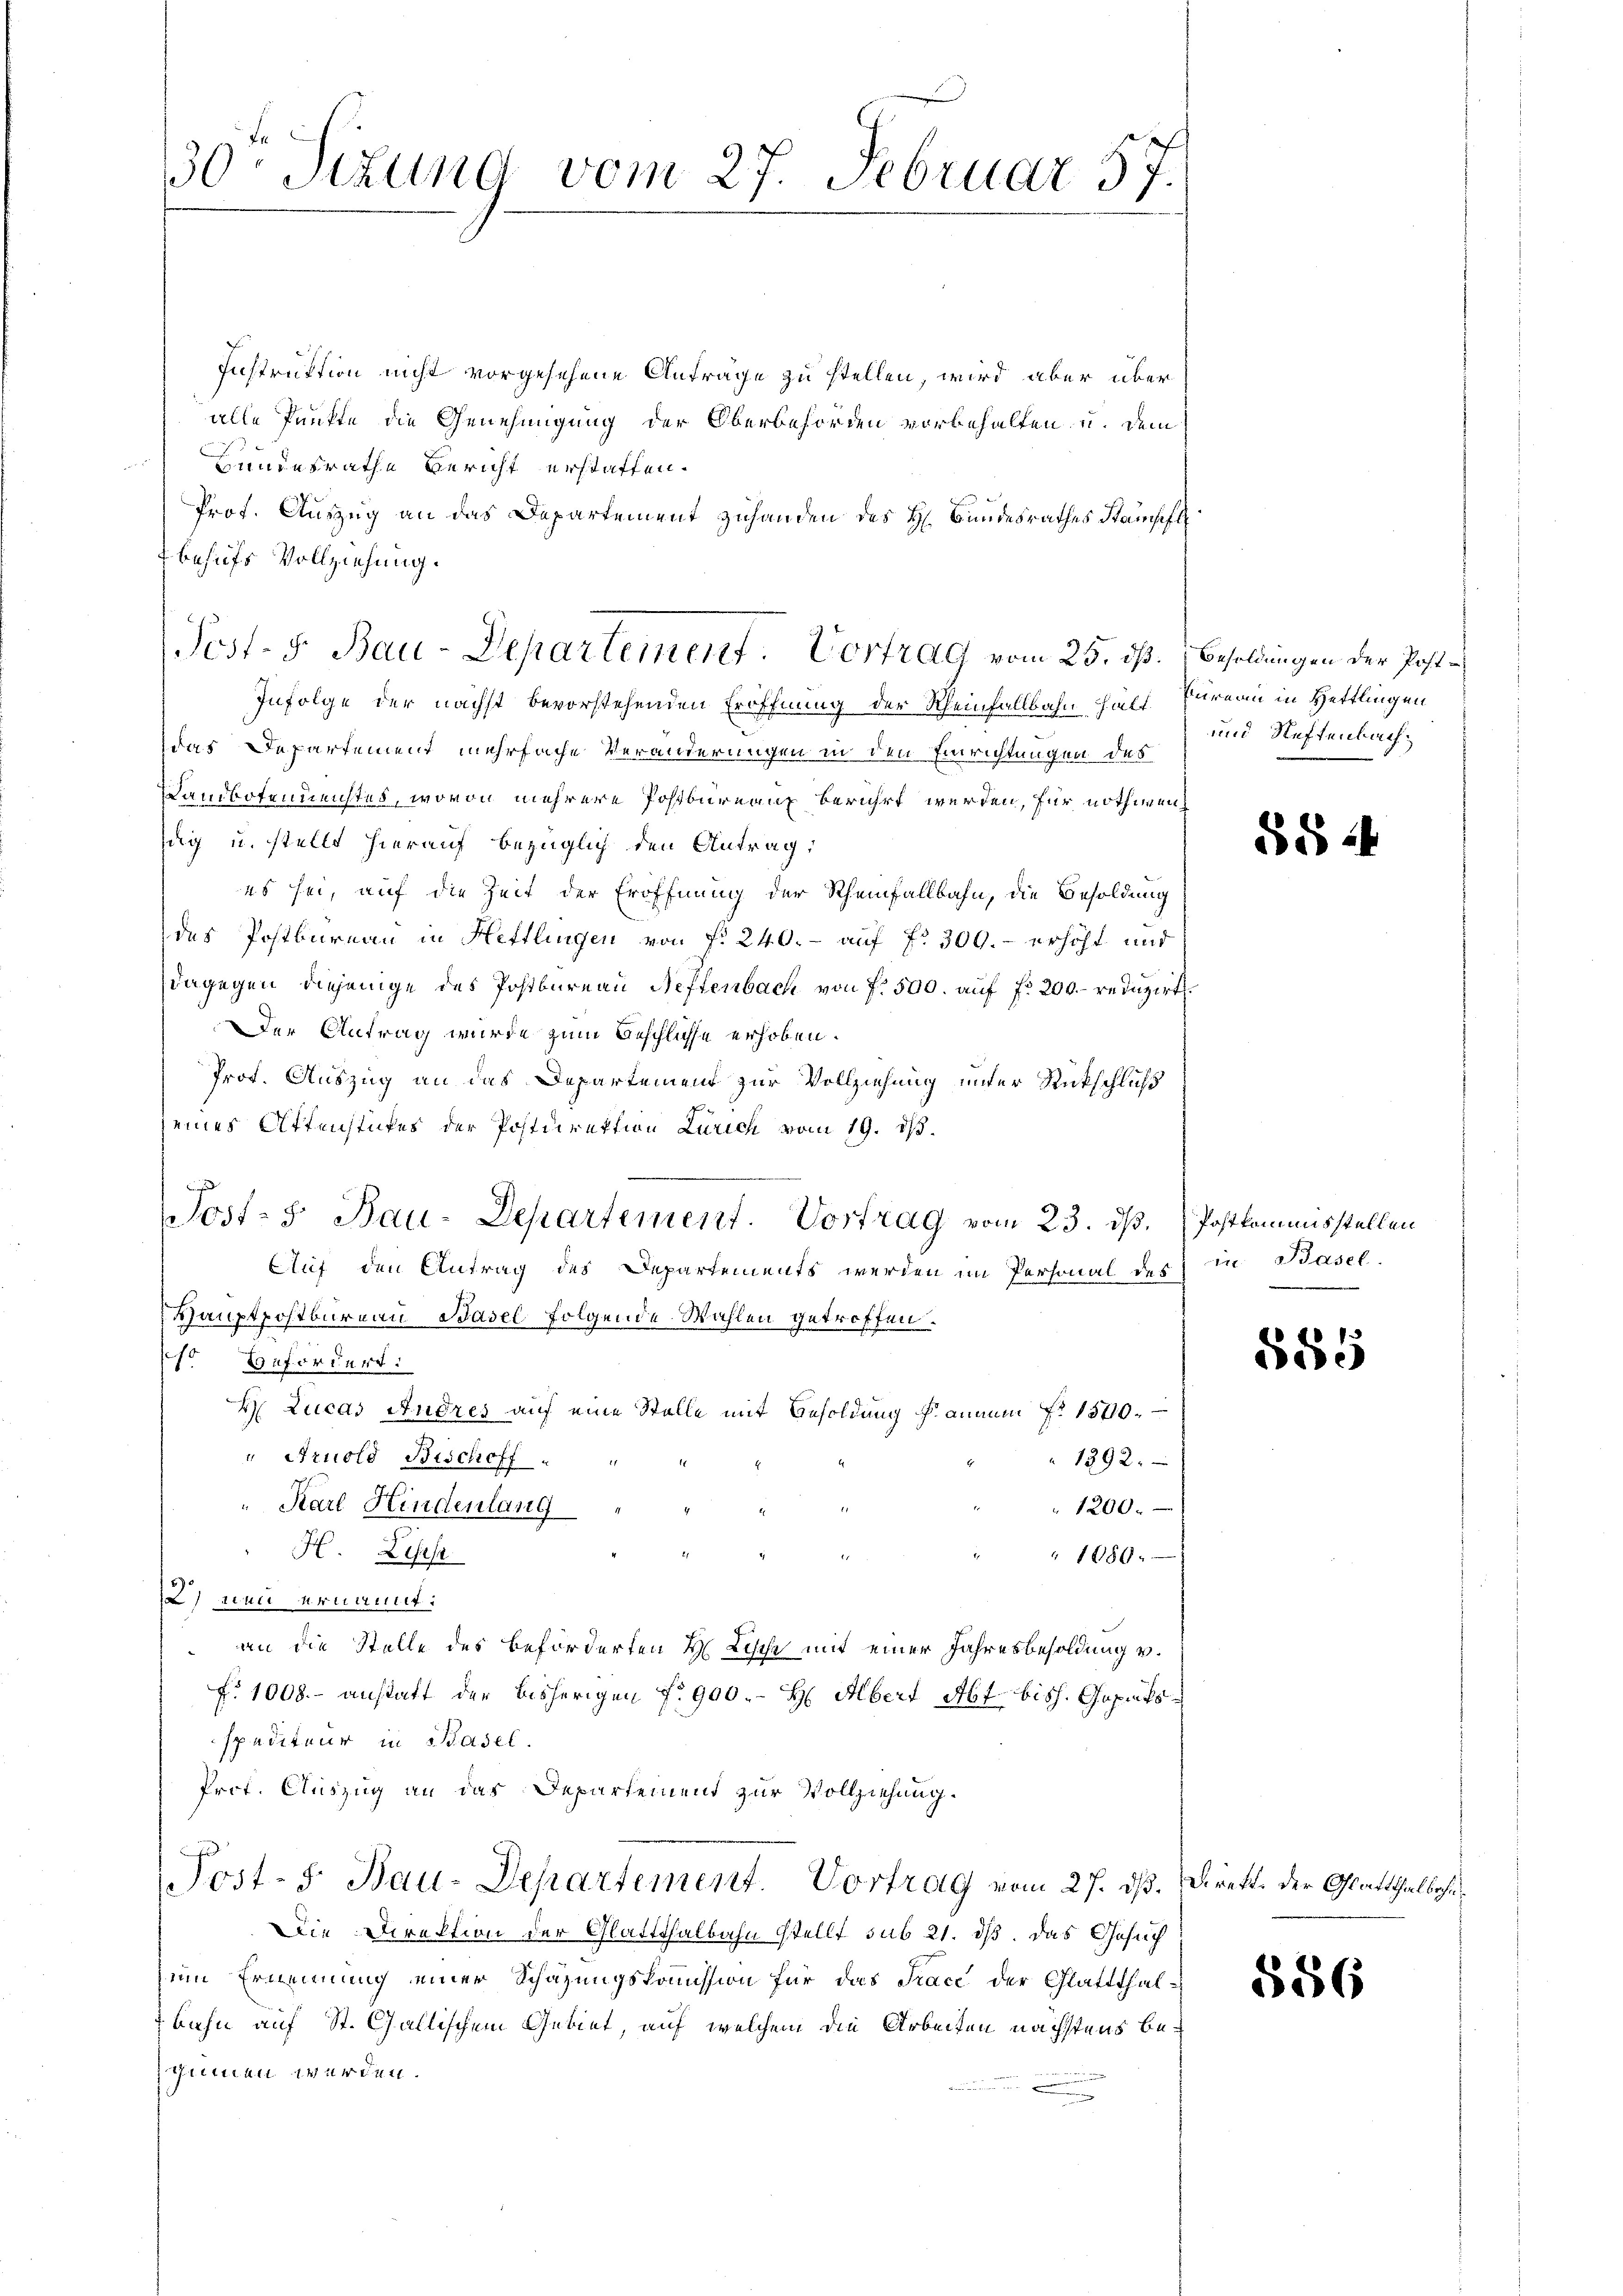
30 Sizung vom 27. Februar 57.

Instruktion nicht vorgesehene Anträge zu stellen, wird aber über
alle Punkte die Genehmigung der Oberbehörden vorbehalten u. dem
Hundesrathe Bericht erstatten.
Prot. Auszug an das Departement zuhanden des H. Bundesrathes Stampfl
behufs Vollziehung.
Infolge der nächst bevorstehenden Eröffnung der Rheinfallbahn hält Bureau in Hettlingen
as Departement mehrfache Veränderungen in den Einrichtungen des
Landkofenmeistes, wovon mehrere Postbüreaux berührt werden, für nothwensag u. stellt hierauf bezüglich den Antrag:
es sei, auf die Zeit der Eröffnung der Rheinfallbahn, die Besoldung
des Postbureau in Hettlingen von f. 240.- auf fr. 300.- erhöht und
dagegen diejenige des Postbureau Neffenbach von f. 500. auf fr. 200. reduzirt.
Der Antrag wurde zum Beschlüsse erhoben.
Prot. Auszug an das Departement zur Vollziehung unter Rückschlich
seines Affenstufes der Postdirektion Zürich vom 19. ds.

Wost- 5. Bau-Departement. Vortrag vom 23. dß. Postkommisstellen
huf den Antrag des Departements werden im Personal des
Hauptpostbureau, Basel folgende Wahlen getroffen.
so Befördert.
H Lucas Andres auf eine Stelle mit Besoldung f. annum Fr. 1570.
" Arnold Beschoff
1292.
" Karl Hindenlang
1200.
H. Lisest
1080.
) an ernannt:
an die Stelle des beförderten H. Lische mit einer Jahresbesoldung v.
f. 1008.- anstatt der bisherigen fr. 900.- H Aber Abt bish. Caputs
spediteur in Basel.
Prof. Auszug an das Departement zur Vollziehung.
Post- 5. Bau-Departement. Vortrag vom 27. ds. Direkt der Glatthalbahn¬
Die Direktion der Glattthalbahn stellt sub 21. ds. das Gesuch
zum Ernennung einer Schazungskommission für das Trace der Glattthalbahn auf St. Gallischem Gebiet, auf welchem die Arbeiten nächstens bescheinen werden.

Pest- & Bau-Departement. Vortrag vom 25. ist.

Besoldungen der Post-
und Neftenbach,

85.

rie. Basel.

585

556